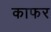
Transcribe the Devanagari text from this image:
काफर